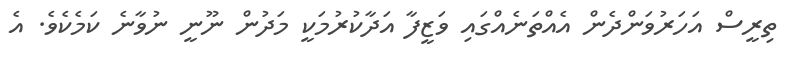
ތިރީސް އަހަރުވަންދެން އެއްތަނެއްގައި ވަޒީފާ އަދާކުރުމަކީ މަދުން ނޫނީ ނުވާނެ ކަމެކެވެ. އެ